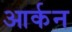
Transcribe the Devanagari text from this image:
आर्कन